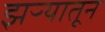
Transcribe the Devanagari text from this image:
झऱ्यातून